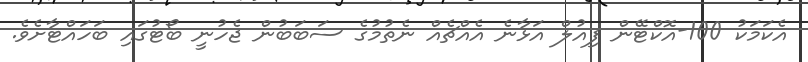
އެކަމަކު 100-އޮކްޓޭން ފިއުލް އަޅާނެ އެއްޗެއް ނެތުމުގެ ސަބަބުން ޖެހުނީ ބޯޓުގައި ބަހައްޓާށެވެ.